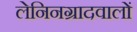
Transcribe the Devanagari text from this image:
लेनिनग्रादवालों